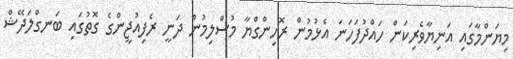
މިޔަންމާގައި އަނިޔާވެރިކަން ހައްދުފަހަނަ އެޅުމުން ރޮހިންގްޔާ މުސްލިމުން ދަނީ ރެފިއުޖީންގެ ގޮތުގައި ބަނގްލަދޭޝް